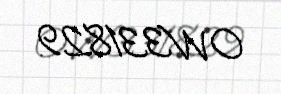
OW331829